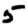
Digit: 5